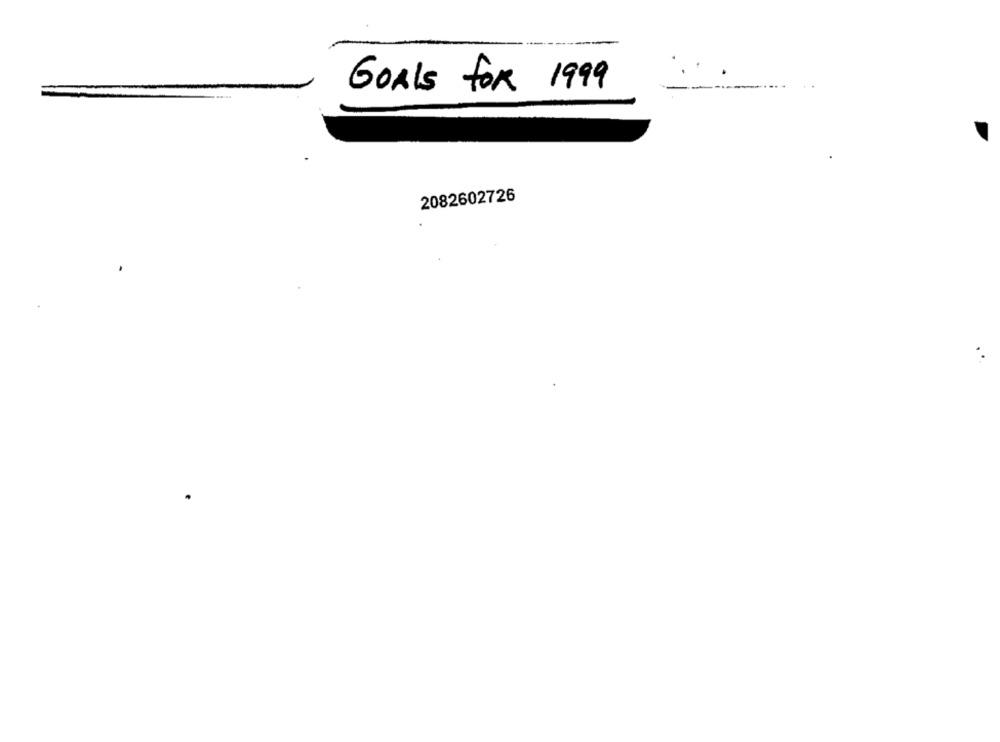
GOALS for 1999
2082602726